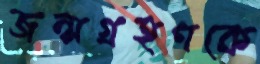
জন্মগ্রহণকে